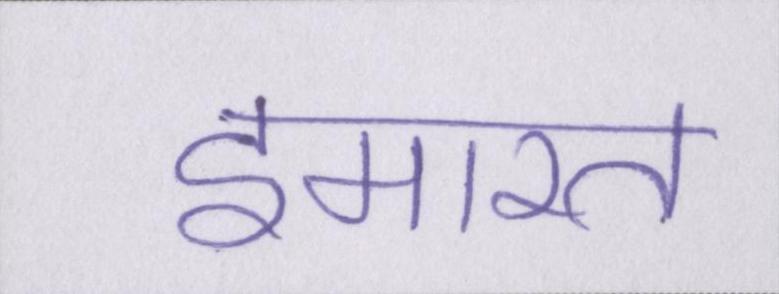
इमारत